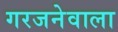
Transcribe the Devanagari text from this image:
गरजनेवाला